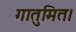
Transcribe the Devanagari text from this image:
गातुमित।